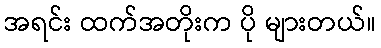
အရင်း ထက်အတိုးက ပို များတယ်။